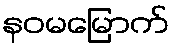
နဝမမြောက်